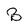
Character: B